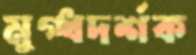
মুগ্ধদর্শক